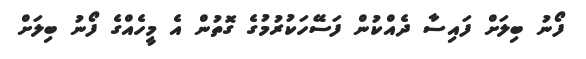
ފޯނު ބިލަށް ފައިސާ ދެއްކުން ފަސޭހަކުރުމުގެ ގޮތުން އެ މީހެއްގެ ފޯނު ބިލަށް